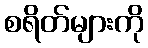
စရိတ်များကို